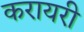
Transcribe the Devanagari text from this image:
करायरी